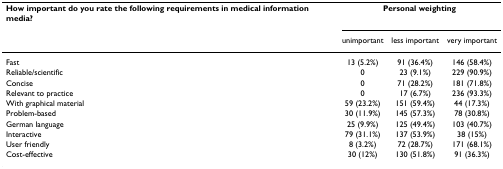
<table><thead><tr><td><b>How important do you rate the following requirements in medical information media?</b></td><td colspan="3"><b>Personal weighting</b></td></tr><tr><td></td><td><b>unimportant</b></td><td><b>less important</b></td><td><b>very important</b></td></tr></thead><tbody><tr><td>Fast</td><td>13 (5.2%)</td><td>91 (36.4%)</td><td>146 (58.4%)</td></tr><tr><td>Reliable/scientific</td><td>0</td><td>23 (9.1%)</td><td>229 (90.9%)</td></tr><tr><td>Concise</td><td>0</td><td>71 (28.2%)</td><td>181 (71.8%)</td></tr><tr><td>Relevant to practice</td><td>0</td><td>17 (6.7%)</td><td>236 (93.3%)</td></tr><tr><td>With graphical material</td><td>59 (23.2%)</td><td>151 (59.4%)</td><td>44 (17.3%)</td></tr><tr><td>Problem-based</td><td>30 (11.9%)</td><td>145 (57.3%)</td><td>78 (30.8%)</td></tr><tr><td>German language</td><td>25 (9.9%)</td><td>125 (49.4%)</td><td>103 (40.7%)</td></tr><tr><td>Interactive</td><td>79 (31.1%)</td><td>137 (53.9%)</td><td>38 (15%)</td></tr><tr><td>User friendly</td><td>8 (3.2%)</td><td>72 (28.7%)</td><td>171 (68.1%)</td></tr><tr><td>Cost-effective</td><td>30 (12%)</td><td>130 (51.8%)</td><td>91 (36.3%)</td></tr></tbody></table>